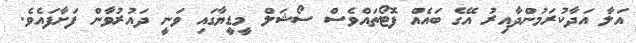
އަލާ އަދާކުރަމުންދާއިރު އޭގެ ބައެއް ފޮޓޯތައްވެސް ސޯޝަލް މީޑީޔާގައި ވަނީ ދައުރުވާން ފަށާފައެވެ.